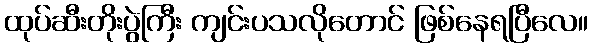
ထုပ်ဆီးတိုးပွဲကြီး ကျင်းပသလိုတောင် ဖြစ်နေရပြီလေ။